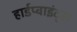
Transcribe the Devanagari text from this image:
हार्डप्वाइंट्स